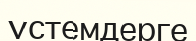
үстемдерге